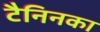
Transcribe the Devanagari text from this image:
टैनिनका